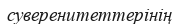
суверенитеттерінің